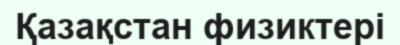
Қазақстан физиктері